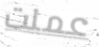
عملت